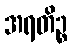
အရတိဉ္စ